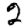
Digit: 2